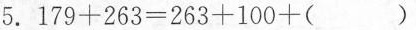
5.179+263=263+100+( )